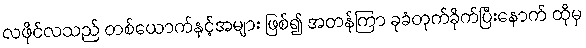
လဖိုင်လသည် တစ်ယောက်နှင့်အများ ဖြစ်၍ အတန်ကြာ ခုခံတုက်ခိုက်ပြီးနောက် ထိုမှ